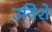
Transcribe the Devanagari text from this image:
उनिशे